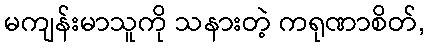
မကျန်းမာသူကို သနားတဲ့ ကရုဏာစိတ်,